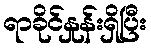
ရာခိုင်နှုန်းရှိပြီး